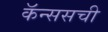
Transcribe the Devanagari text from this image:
कॅन्ससची